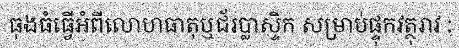
ធុងធំធ្វើអំពីលោហធាតុឬជ័រប្លាស្ទិក សម្រាប់ផ្ទុកវត្ថុរាវ :